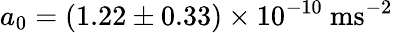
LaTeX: a_{0}=(1.22\pm 0.33)\times 10^{-10}~\mathrm{m}\mathrm{s}^{-2}